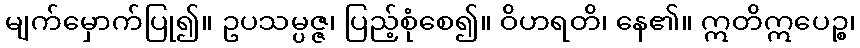
မျက်မှောက်ပြု၍။ ဥပသမ္ပဇ္ဇ၊ ပြည့်စုံစေ၍။ ဝိဟရတိ၊ နေ၏။ ဣတိဣပေဉ္စ၊